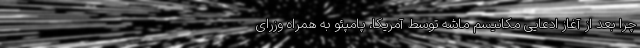
چرا بعد از آغاز ادعایی مکانیسم ماشه توسط آمریکا، پامپئو به همراه وزرای